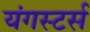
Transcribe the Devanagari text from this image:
यंगस्टर्स